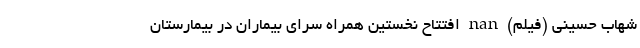
شهاب حسینی (فیلم) nan افتتاح نخستین همراه سرای بیماران در بیمارستان